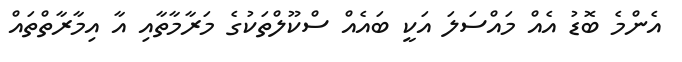
އެންމެ ބޮޑު އެއް މައްސަލަ އަކީ ބައެއް ސްކޫލްތަކުގެ މަރާމާތާއި އާ އިމާރާތްތައް